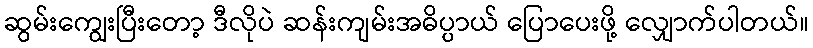
ဆွမ်းကျွေးပြီးတော့ ဒီလိုပဲ ဆန်းကျမ်းအဓိပ္ပာယ် ပြောပေးဖို့ လျှောက်ပါတယ်။